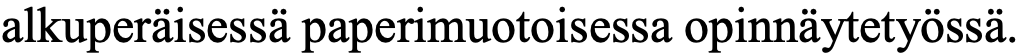
alkuperäisessä paperimuotoisessa opinnäytetyössä.